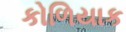
કોળિયાક